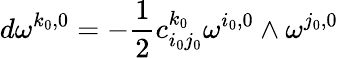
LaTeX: d\omega^{k_{0},0}=-\frac{1}{2}c_{i_{0}j_{0}}^{k_{0}}\omega^{i_{0},0}\wedge\omega^{j_{0},0}